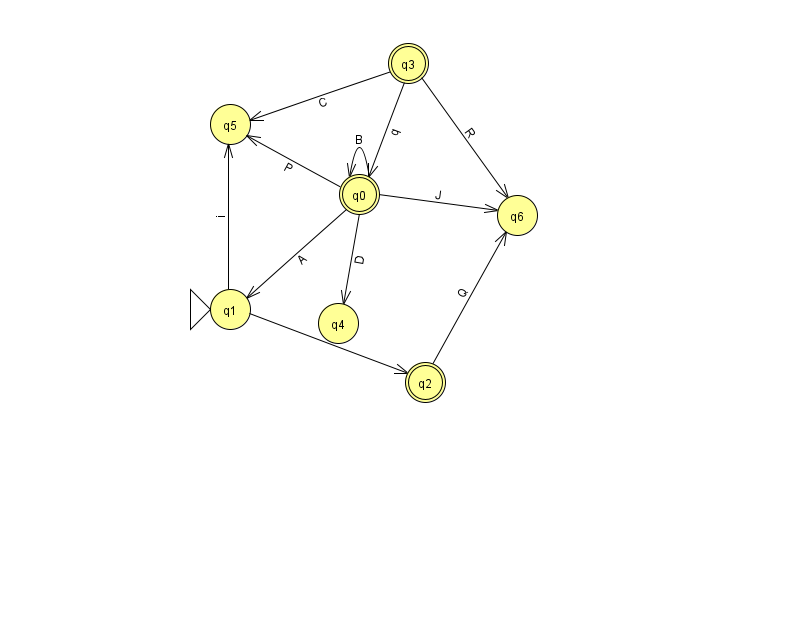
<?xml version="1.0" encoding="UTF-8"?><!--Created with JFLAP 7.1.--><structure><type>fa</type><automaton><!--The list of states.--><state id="0" name="q0"><x>359.0</x><y>181.0</y><final/></state><state id="1" name="q1"><x>230.0</x><y>296.0</y><initial/></state><state id="2" name="q2"><x>425.0</x><y>369.0</y><final/></state><state id="3" name="q3"><x>408.0</x><y>50.0</y><final/></state><state id="4" name="q4"><x>338.0</x><y>310.0</y></state><state id="5" name="q5"><x>230.0</x><y>111.0</y></state><state id="6" name="q6"><x>517.0</x><y>202.0</y></state><!--The list of transitions.--><transition><from>3</from><to>0</to><read>q</read></transition><transition><from>3</from><to>5</to><read>C</read></transition><transition><from>0</from><to>0</to><read>B</read></transition><transition><from>0</from><to>5</to><read>P</read></transition><transition><from>0</from><to>1</to><read>A</read></transition><transition><from>0</from><to>4</to><read>D</read></transition><transition><from>1</from><to>2</to><read>x</read></transition><transition><from>3</from><to>6</to><read>R</read></transition><transition><from>1</from><to>5</to><read>i</read></transition><transition><from>2</from><to>6</to><read>Q</read></transition><transition><from>0</from><to>6</to><read>J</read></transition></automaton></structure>